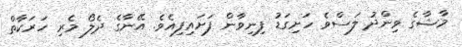
މާޝާގެ ވިންދު ލަސްވެ ހަށިގަޑު ފިނިވާން ފަށައިފިއެވެ. އޭނާގެ ދެލޯ މެރި ހަރަކާތް